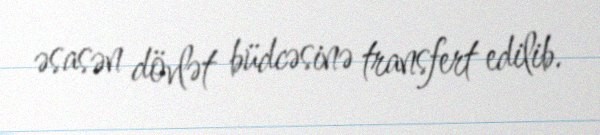
əsasən dövlət büdcəsinə transfert edilib.